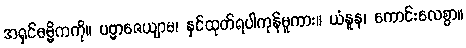
အရှင်ဓမ္မိကကို။ ပဗ္ဗာဇေယျာမ၊ နှင်ထုတ်ရပါကုန်မူကား။ ယံနူန၊ ကောင်းလေစွာ။